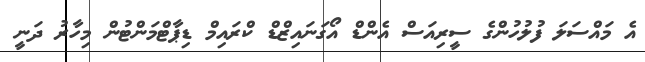
އެ މައްސަލަ ފުލުހުންގެ ސީރިއަސް އެންޑް އޯގަނައިޒްޑް ކްރައިމް ޑިޕާޓްމަންޓުން މިހާރު ދަނީ